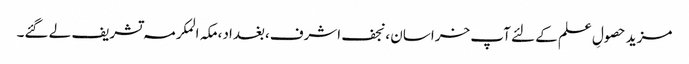
مزید حصولِ علم کے لئے آپ خراسان ،نجف اشرف،بغداد،مکہ المکرمہ تشریف لے گئے۔